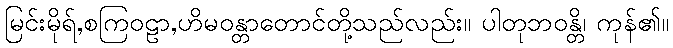
မြင်းမိုရ်,စကြဝဠာ,ဟိမဝန္တာတောင်တို့သည်လည်း။ ပါတုဘဝန္တိ၊ ကုန်၏။